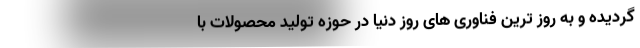
گردیده و به روز ترین فناوری های روز دنیا در حوزه تولید محصولات با